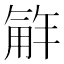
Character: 𮗮